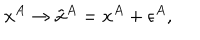
x ^ { A } \rightarrow \tilde { x } ^ { A } = x ^ { A } + \epsilon ^ { A } ,